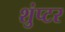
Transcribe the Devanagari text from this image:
शुंप्टर